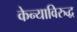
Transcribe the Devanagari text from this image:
केन्याविरुद्ध